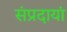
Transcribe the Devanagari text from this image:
संप्रदायां